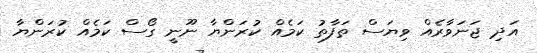
އަދި ޖަނަވާރެއް ވިޔަސް ތަފާތު ކަމެއް ކުރަންޔާ ނޫނީ ގޯސް ކަމެއް ކުރަންޔާ